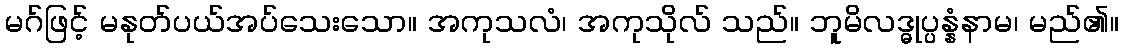
မဂ်ဖြင့် မနုတ်ပယ်အပ်သေးသော။ အကုသလံ၊ အကုသိုလ် သည်။ ဘူမိလဒ္ဓုပ္ပန္နံနာမ၊ မည်၏။